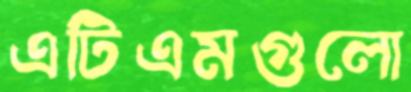
এটিএমগুলো